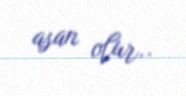
asan olur..